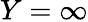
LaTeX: Y=\infty